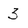
Character: 3